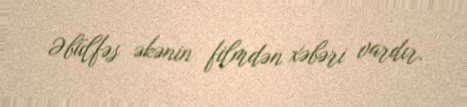
Əbülfəs əkənin filmdən xəbəri vardır.